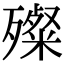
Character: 殩